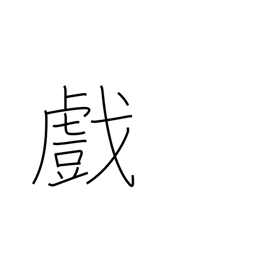
Meaning: sport